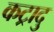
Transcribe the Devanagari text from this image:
कट्रादु